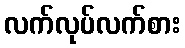
လက်လုပ်လက်စား